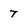
Character: 7